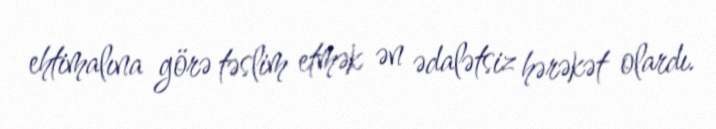
ehtimalına görə təslim etmək ən ədalətsiz hərəkət olardı.